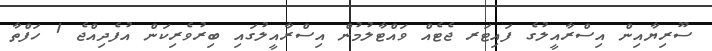
ސޫރިޔާއިން އިސްރާއީލުގެ ފައިޓަރ ޖެޓެއް ވައްޓާލުމުން އިސްރާއީލުގައި ބިރުވެރިކަން އުފެދިއްޖެ 1 ހަފްތާ